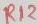
Text: R12